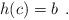
LaTeX: \begin{align*}h(c)=b \>\>.\end{align*}